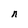
Character: n